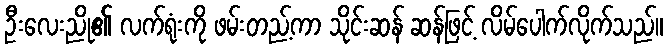
ဦးလေးညို၏ လက်ရုံးကို ဖမ်းတည့်ကာ သိုင်းဆန် ဆန်ဖြင့် လိမ်ပေါက်လိုက်သည်။